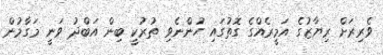
ވެރިރަށް ރިޔާޒުގެ އަމީރެއްގެ ގޮތުގައި ހުންނެވި ތުރުކީ ބިން އަބްދު ވަނީ މަގާމުން